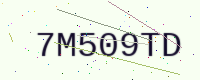
Text: 7M509TD